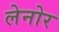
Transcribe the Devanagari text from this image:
लेनोर